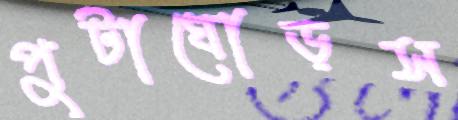
পুটাঘোড়স